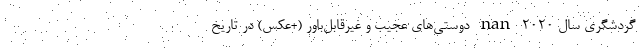
گردشگری سال 2020 nan دوستی‌های عجیب و غیرقابل‌باور (+عکس) در تاریخ